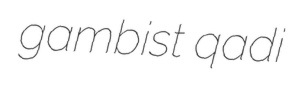
gambist qadi